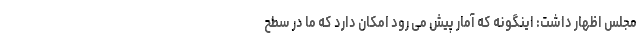
مجلس اظهار داشت: اینگونه که آمار پیش می رود امکان دارد که ما در سطح